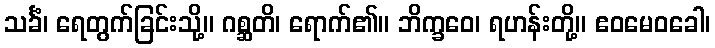
သင်္ခံ၊ ရေတွက်ခြင်းသို့။ ဂစ္ဆတိ၊ ရောက်၏။ ဘိက္ခဝေ၊ ရဟန်းတို့။ ဧဝမေဝခေါ၊